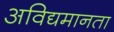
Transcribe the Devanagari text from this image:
अविद्यमानता